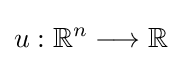
u:\mathbb {R} ^{n}\longrightarrow \mathbb {R}